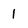
Character: 1